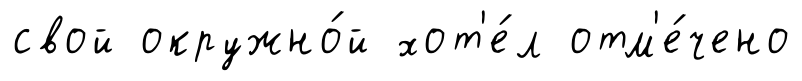
свой окружно́й хот'е́л отм'е́чено